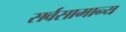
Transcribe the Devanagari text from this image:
सर्वसामान्‍य